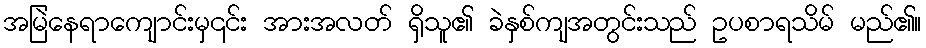
အမြဲနေရာကျောင်းမှ၎င်း အားအလတ် ရှိသူ၏ ခဲနှစ်ကျအတွင်းသည် ဥပစာရသိမ် မည်၏။